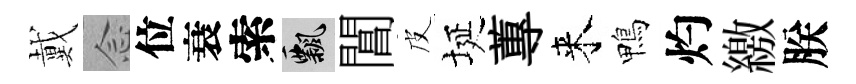
戴𫝹位衰索飄閶皮埏蓴来鴨灼繳朕